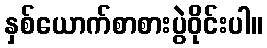
နှစ်ယောက်စာစားပွဲဝိုင်းပါ။